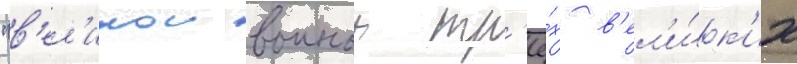
"в'ел'икои воинои тр'ё́х в'ел'и́к'их